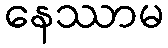
နေဿာမ